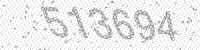
Solution: 513694